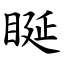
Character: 䀽